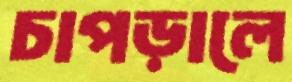
চাপড়ালে